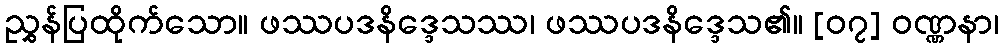
ညွှန်ပြထိုက်သော။ ဖဿပဒနိဒ္ဒေသဿ၊ ဖဿပဒနိဒ္ဒေသ၏။ [၀၇] ဝဏ္ဏနာ၊